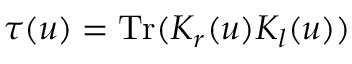
\tau ( u ) = \mathrm { T r } ( { \cal K } _ { r } ( u ) { \cal K } _ { l } ( u ) )